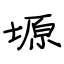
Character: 塬